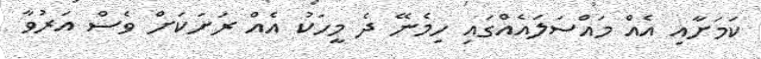
ކަމަށާއި އެއް މައްސަލައެއްގައި ހިމެނޭ ދެ މީހަކު އެއް ރަށަކަށް ވެސް އަރުވާ